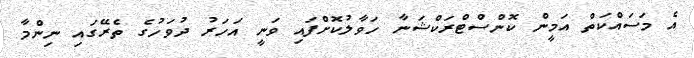
އެ މަސައްކަތް އަމީން ކޮންސްޓްރަކްޝަނާ ހަވާލުކޮށްފައި ވަނީ އަހަރު ދުވަހުގެ ތެރޭގައި ނިންމާ